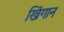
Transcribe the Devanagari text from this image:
खिंगान